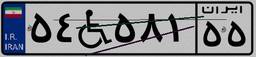
۶۷W۳۷۳۵۸